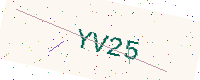
Text: YV25